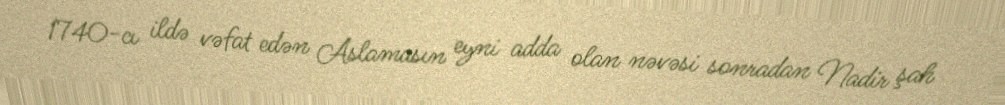
1740-cı ildə vəfat edən Aslamasın eyni adda olan nəvəsi sonradan Nadir şah